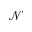
\mathcal { N }